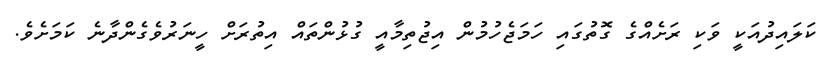
ކަލައިދުއަކީ ވަކި ރަށެއްގެ ގޮތުގައި ހަމަޖެހުމުން އިޖުތިމާއީ ގުޅުންތައް އިތުރަށް ހީނަރުވެގެންދާނެ ކަމަށެވެ.